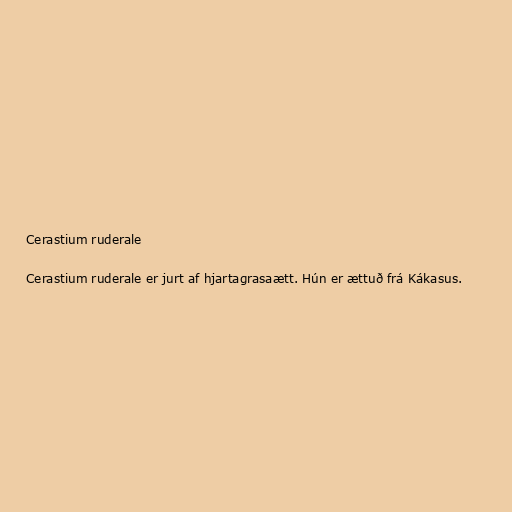
Cerastium ruderale

Cerastium ruderale er jurt af hjartagrasaætt. Hún er ættuð frá Kákasus.